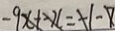
- 9 x + - x = - 1 - 7